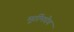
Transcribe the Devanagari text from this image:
मूर्तीमधेच